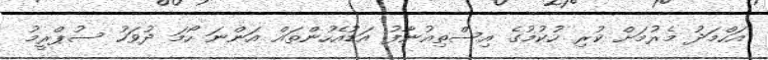
އަހްމަދު މެރުމަށް ކުރި ހުކުމުގެ އިސްތިއުނާފު އަޑުއެހުންތައް އަންނަ ހޯމަ ދުވަހު ސުޕްރީމު